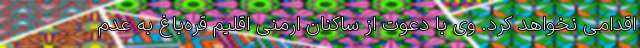
اقدامی نخواهد کرد. وی با دعوت از ساکنان ارمنی اقلیم قره‌باغ به عدم